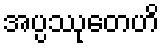
အပ္ပဿုတေဟိ